Senior Leaving Certificate Examination (including Day School Certificate (Higher) General paper), 1946
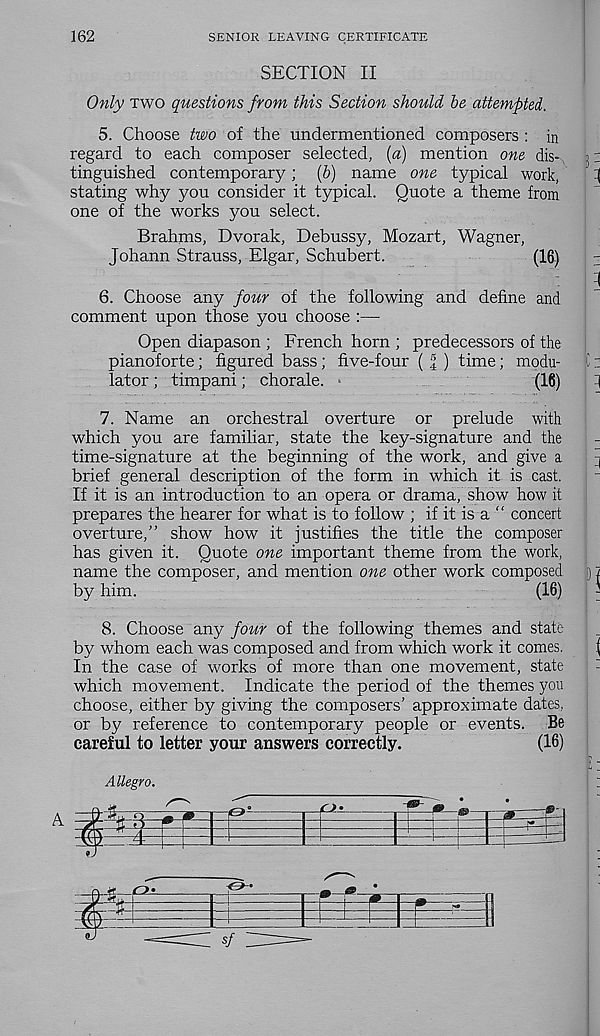
162
SENIOR LEAVING CERTIFICATE
SECTION II
Only two questions from this Section should be attempted.
5. Choose two of the undermentioned composers : in
regard to each composer selected, (a) mention one dis-
31
tinguished contemporary; (5) name one typical work,
-(
stating why you consider it typical. Quote a theme from
one of the works you select.
Brahms, Dvorak, Debussy, Mozart, Wagner,
Johann Strauss, Elgar, Schubert.
(16)
-
:
; 1
6. Choose any four of the following and define and
comment upon those you choose :—
Open diapason ; French horn ; predecessors of the
pianoforte; figured bass; five-four ( l ) time; modu-
C:
lator; timpani; chorale. •
(16)
-j
' ' '
7. Name an orchestral overture or prelude with
which you are familiar, state the key-signature and the
time-signature at the beginning of the work, and give a
q
brief general description of the form in which it is cast.
If it is an introduction to an opera or drama, show how it
prepares the hearer for what is to follow ; if it is a “ concert
overture,” show how it justifies the title the composer
has given it. Quote one important theme from the work,
name the composer, and mention one other work composed j) 2
by him.
(16)
-
8. Choose any four of the following themes and state : _
by whom each was composed and from which work it comes.
(
In the case of works of more than one movement, state | -
which movement. Indicate the period of the themes you
choose, either by giving the composers’ approximate dates,
or by reference to contemporary people or events. Be
careful to letter your answers correctly.
(16)
f;
Allegro.
;